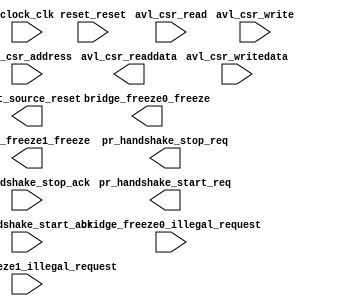
module ghrd_10as066n2_pr_region_controller_0 (
		input  wire        avl_csr_read,                   //        avl_csr.read
		input  wire        avl_csr_write,                  //               .write
		input  wire [1:0]  avl_csr_address,                //               .address
		input  wire [31:0] avl_csr_writedata,              //               .writedata
		output wire [31:0] avl_csr_readdata,               //               .readdata
		output wire        bridge_freeze0_freeze,          // bridge_freeze0.freeze
		input  wire        bridge_freeze0_illegal_request, //               .illegal_request
		output wire        bridge_freeze1_freeze,          // bridge_freeze1.freeze
		input  wire        bridge_freeze1_illegal_request, //               .illegal_request
		input  wire        clock_clk,                      //          clock.clk
		output wire        pr_handshake_start_req,         //   pr_handshake.start_req
		input  wire        pr_handshake_start_ack,         //               .start_ack
		output wire        pr_handshake_stop_req,          //               .stop_req
		input  wire        pr_handshake_stop_ack,          //               .stop_ack
		input  wire        reset_reset,                    //          reset.reset
		output wire        reset_source_reset              //   reset_source.reset
	);
endmodule